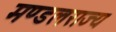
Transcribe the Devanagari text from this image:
मण्डलराज्य